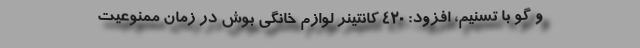
و گو با تسنیم، افزود: 420 کانتینر لوازم خانگی بوش در زمان ممنوعیت